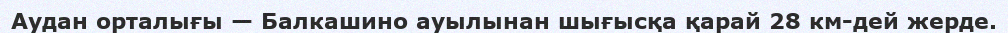
Аудан орталығы — Балкашино ауылынан шығысқа қарай 28 км-дей жерде.